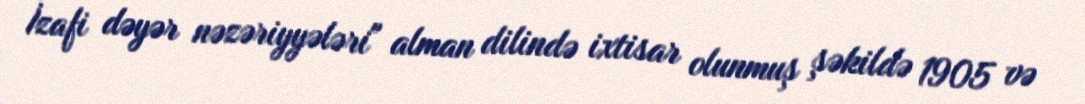
İzafi dəyər nəzəriyyələri" alman dilində ixtisar olunmuş şəkildə 1905 və